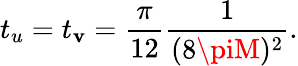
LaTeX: t_{u}=t_{\mathbf{v}}={\frac{{\pi}}{{12}}}{\frac{{1}}{{(8\piM)^{2}}}}.